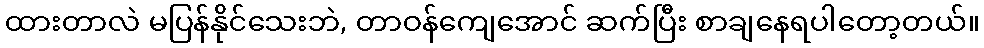
ထားတာလဲ မပြန်နိုင်သေးဘဲ, တာဝန်ကျေအောင် ဆက်ပြီး စာချနေရပါတော့တယ်။